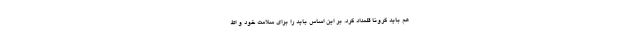
هم باید کرونا قلمداد کرد. بر این اساس باید را برای سلامت خود و اط